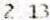
2.13